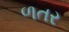
ળતર